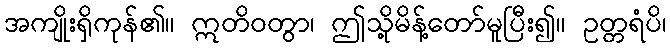
အကျိုးရှိကုန်၏။ ဣတိဝတွာ၊ ဤသို့မိန့်တော်မူပြီး၍။ ဥတ္တရံပိ၊